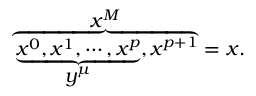
\overbrace { \underbrace { x ^ { 0 } , x ^ { 1 } , \cdots , x ^ { p } } _ { \displaystyle { y ^ { \mu } } } , x ^ { p + 1 } } ^ { \displaystyle { x ^ { M } } } = x .